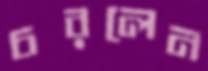
চরলেন